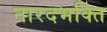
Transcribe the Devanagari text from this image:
नारदभक्ति